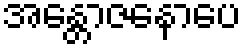
အန္တောဇနောပေ